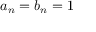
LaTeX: \textstyle a _ { n } = b _ { n } = 1